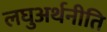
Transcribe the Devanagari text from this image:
लघुअर्थनीति